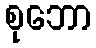
စုဘော